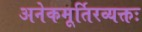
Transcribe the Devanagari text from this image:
अनेकमूर्तिरव्यक्तः